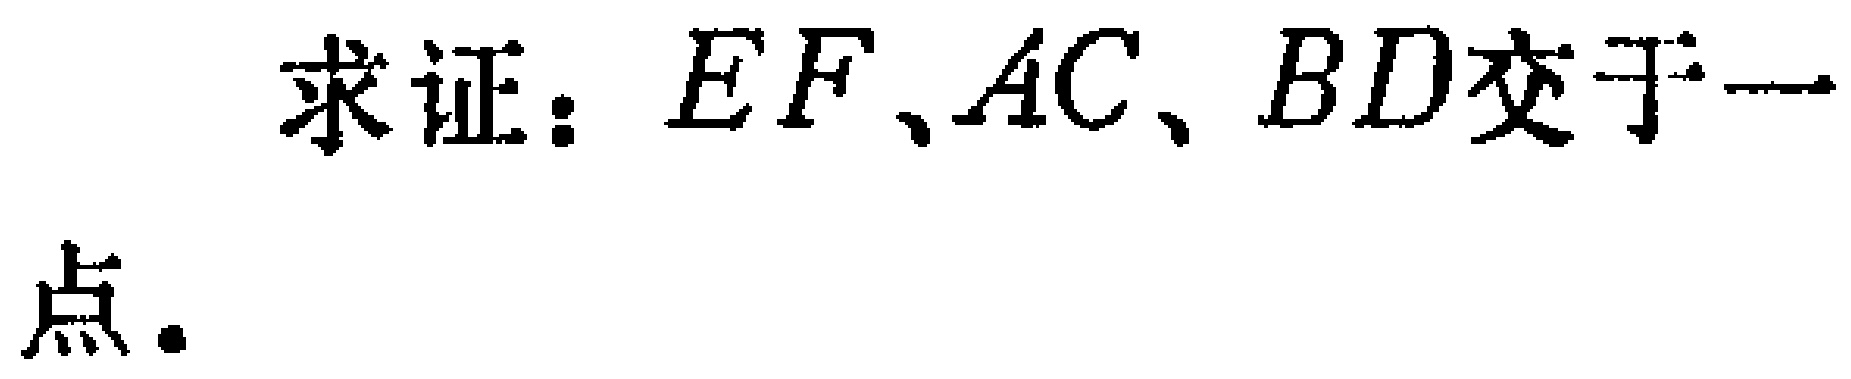
求证：\(EF、AC、BD\)交于一点.